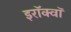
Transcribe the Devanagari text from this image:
इरॉक्वॉ